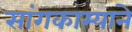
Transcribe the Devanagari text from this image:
सांगकाम्याने